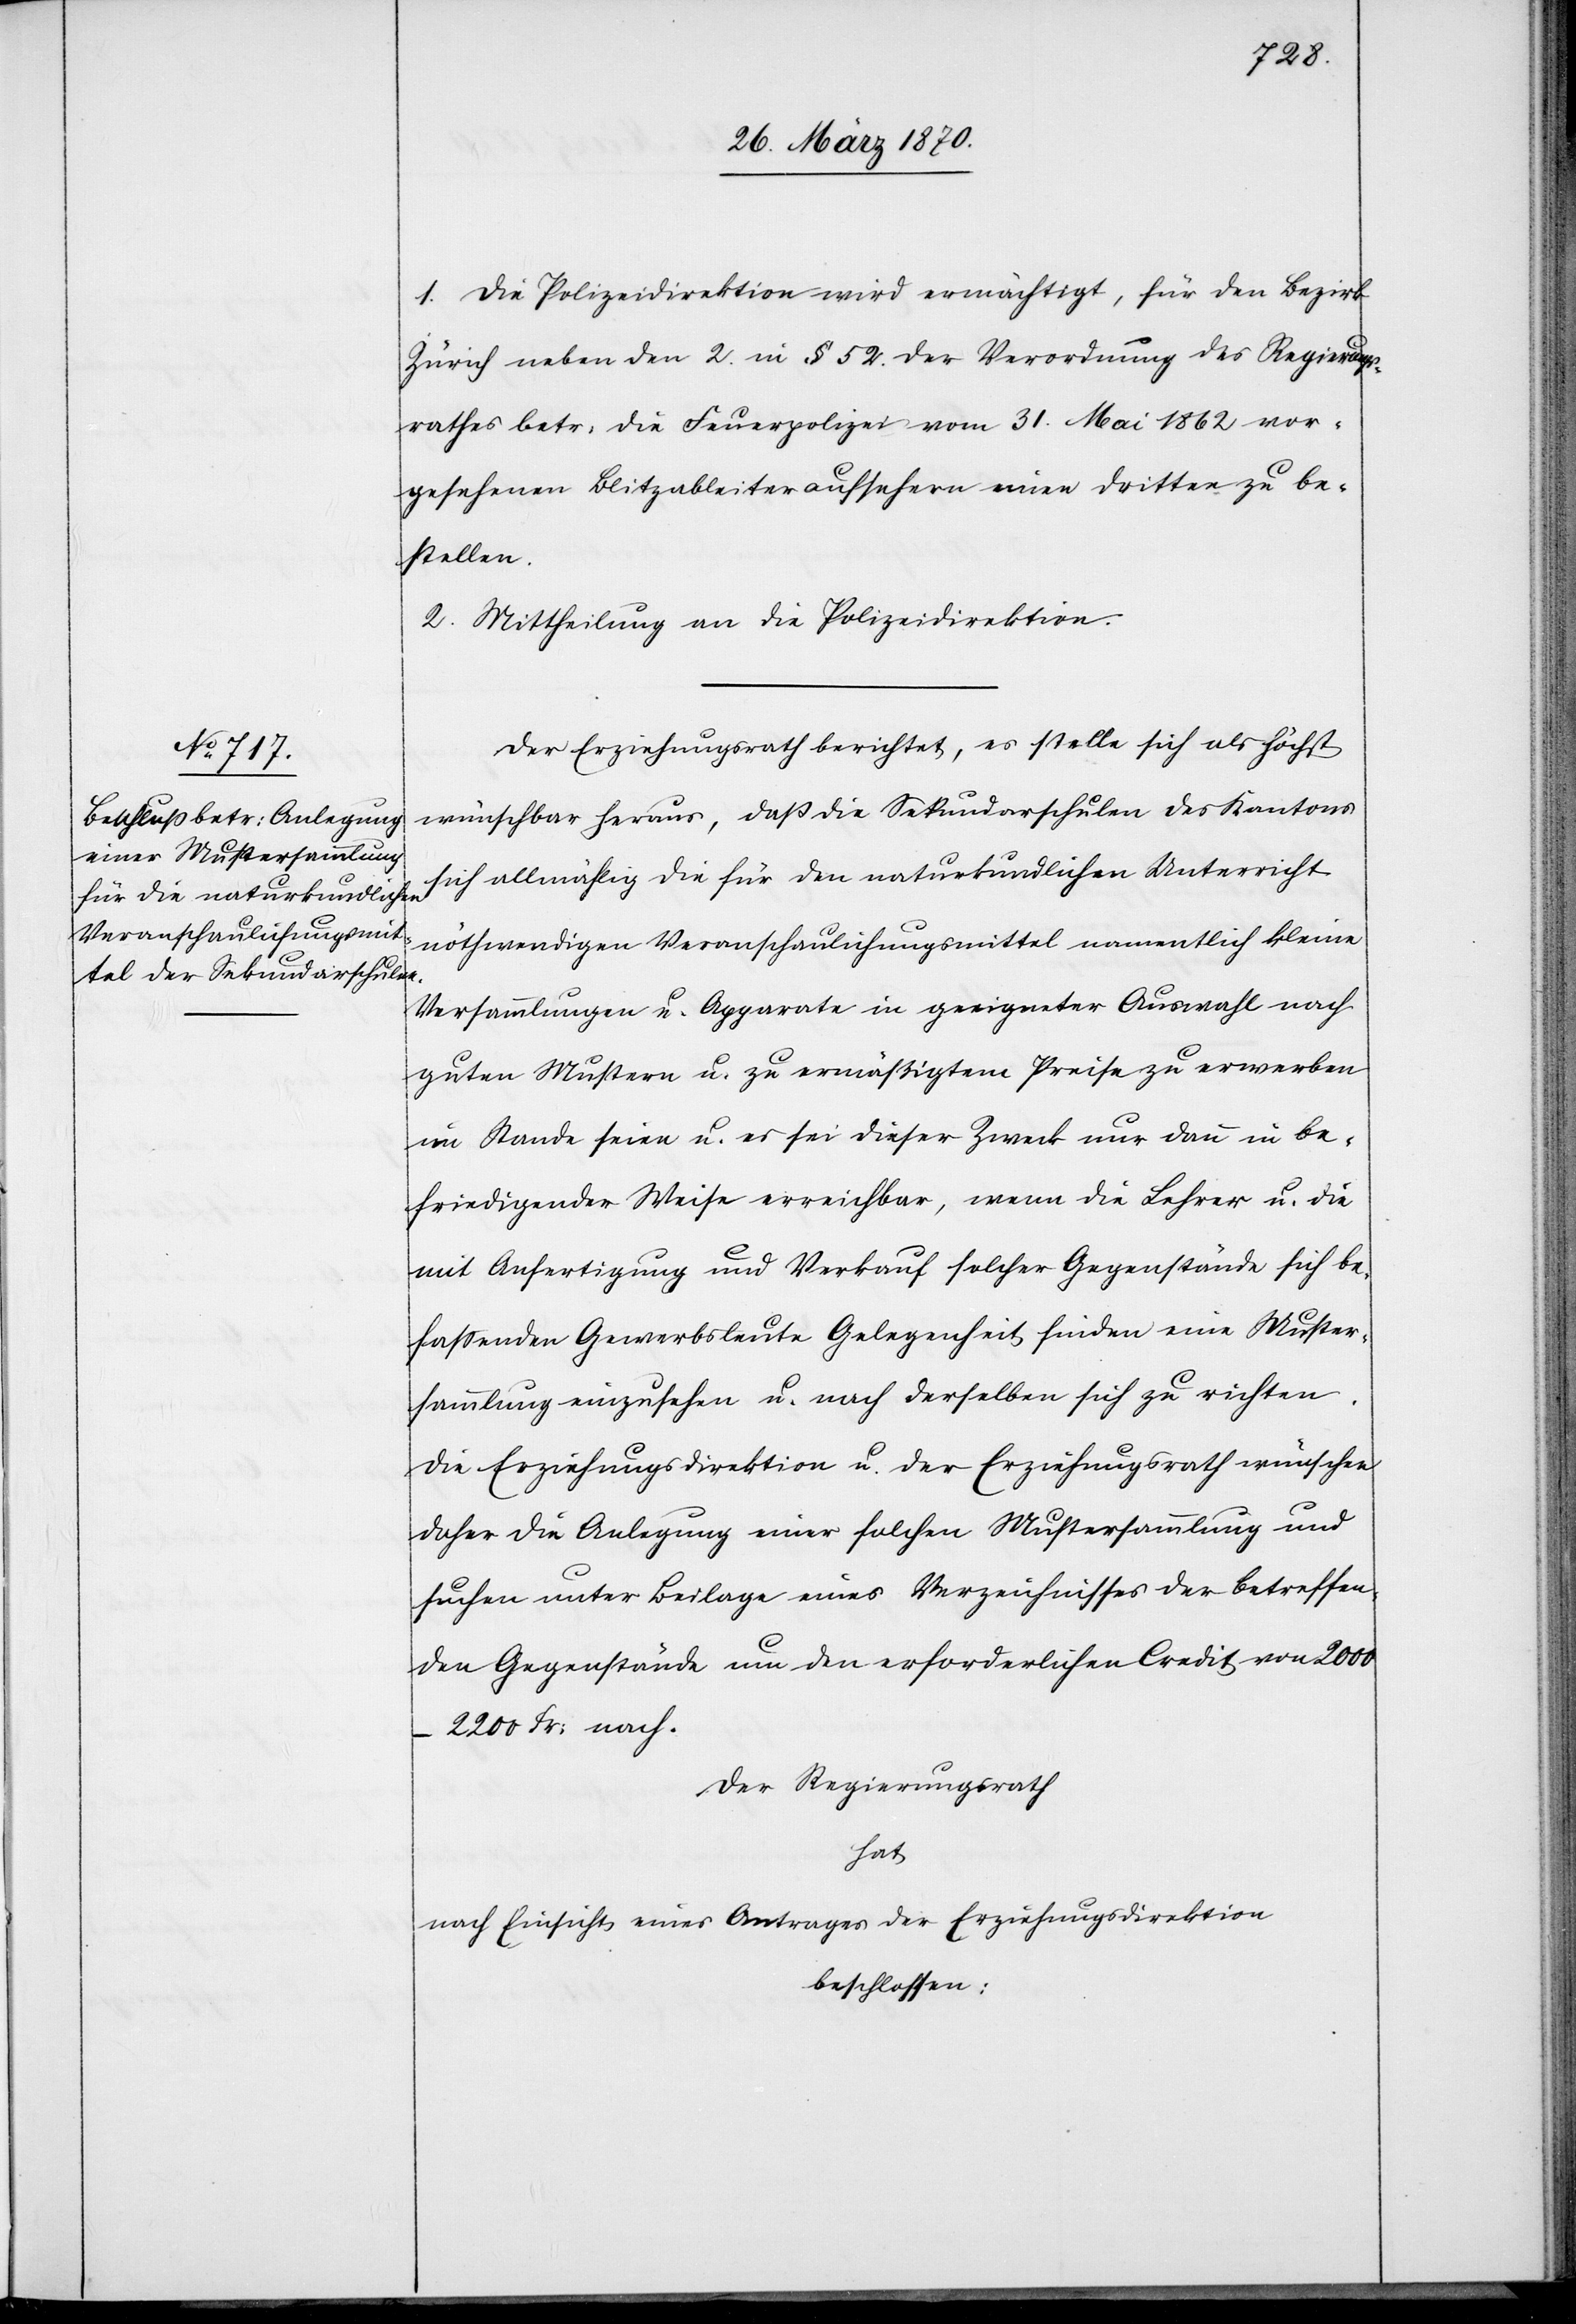
1. Die Polizeidirektion wird ermächtigt, für den Bezirk
Zürich neben den 2. in § 52. der Verordnung des Regierungs¬
rathes betr: die Feuerpolizei vom 31. Mai 1862 vor¬
gesehenen Blitzableiteraufsehern einen dritten zu be¬
stellen.
2. Mittheilung an die Polizeidirektion.
Der Erziehungsrath berichtet, es stelle sich als höchst
wünschbar heraus, daß die Sekundarschulen des Kantons
sich allmählig die für den naturkundlichen Unterricht
nothwendigen Veranschaulichungsmittel namentlich kleine
Versammlungen u. Apparate in geeigneter Auswahl nach
guten Mustern u. zu ermäßigtem Preise zu erwerben
im Stande seien u. es sei dieser Zweck nur dann in be¬
friedigender Weise erreichbar, wenn die Lehrer u. die
mit Anfertigung und Verkauf solcher Gegenstände sich be¬
fassenden Gewerbsleute Gelegenheit finden eine Muster¬
sammlung einzusehen u. nach derselben sich zu richten.
Die Erziehungsdirektion u. der Erziehungsrath wünschen
daher die Anlegung einer solchen Mustersammlung und
suchen unter Beilage eines Verzeichnisses der betreffen¬
den Gegenstände um den erforderlichen Credit von 2000–2200
Der Regierungsrath
hat
nach Einsicht eines Antrages der Erziehungsdirektion
beschlossen: